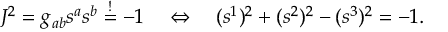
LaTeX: J ^ { 2 } = g _ { a b } s ^ { a } s ^ { b } \stackrel { ! } { = } - 1 \quad \Leftrightarrow \quad ( s ^ { 1 } ) ^ { 2 } + ( s ^ { 2 } ) ^ { 2 } - ( s ^ { 3 } ) ^ { 2 } = - 1 .